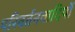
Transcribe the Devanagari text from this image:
परिवर्तनवादियों